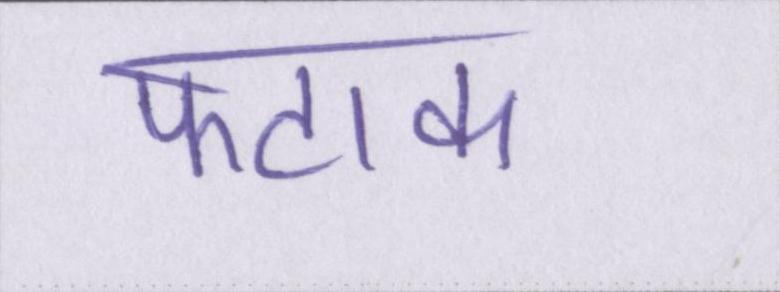
फटाक